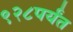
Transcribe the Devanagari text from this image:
९२८पर्यंत